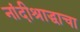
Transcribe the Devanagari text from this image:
नांदीश्राद्धाचा